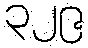
၃၂၉